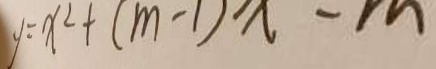
y = x ^ { 2 } + ( m - 1 ) x - m